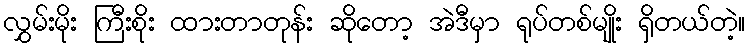
လွှမ်းမိုး ကြီးစိုး ထားတာတုန်း ဆိုတော့ အဲဒီမှာ ရုပ်တစ်မျိုး ရှိတယ်တဲ့။